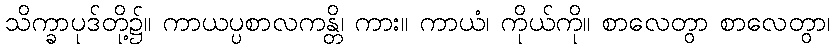
သိက္ခာပုဒ်တို့၌။ ကာယပ္ပစာလကန္တိ၊ ကား။ ကာယံ၊ ကိုယ်ကို။ စာလေတွာ စာလေတွာ၊